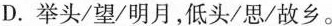
D.举头/望/明月，低头/思/故乡。